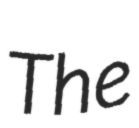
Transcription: The